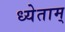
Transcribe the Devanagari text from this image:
ध्येताम्